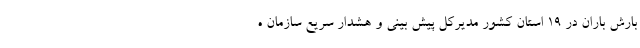
بارش باران در ۱۹ استان کشور مدیرکل پیش بینی و هشدار سریع سازمان ه